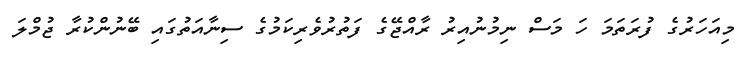
މިއަހަރުގެ ފުރަތަމަ ހަ މަސް ނިމުނުއިރު ރާއްޖޭގެ ފަތުރުވެރިކަމުގެ ސިނާއަތުގައި ބޭނުންކުރާ ޖުމްލަ